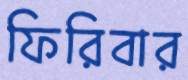
ফিরিবার